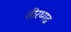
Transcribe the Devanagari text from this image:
तीरथ्गढ